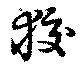
狡